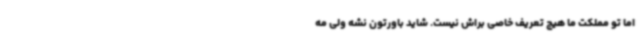
اما تو مملکت ما هیچ تعریف خاصی براش نیست. شاید باورتون نشه ولی مه